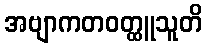
အဗျာကတဝတ္ထူသူတိ